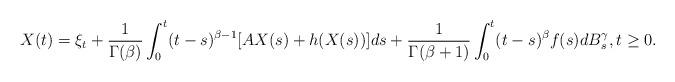
LaTeX: \begin{align*}X(t)=\xi_t+\frac{1}{\Gamma(\beta)}\int_0^t (t-s)^{\beta-1} [AX(s)+h(X(s))]ds+\frac{1}{\Gamma(\beta+1)}\int_0^t (t-s)^{\beta}f(s)dB_s^\gamma, t\ge 0.\end{align*}